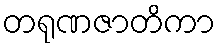
တရုဏဇာတိကာ